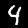
Label: 4